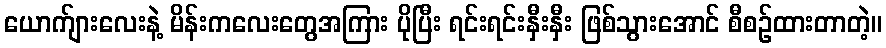
ယောက်ျားလေးနဲ့ မိန်းကလေးတွေအကြား ပိုပြီး ရင်းရင်းနှီးနှီး ဖြစ်သွားအောင် စီစဉ်ထားတာတဲ့။